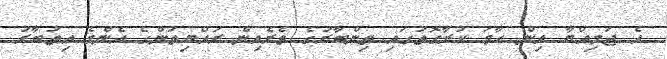
އެ ޖަމިއްޔާ އިން ހާމަ ކުރާގޮތުގައި ތިންބާރުގެ ތެރެއިން ރައްޔިތުންގެ އެންމެ އިތުބާރު